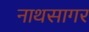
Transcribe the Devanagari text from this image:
नाथसागर